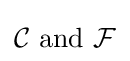
{\mathcal {C}}{\text{ and }}{\mathcal {F}}